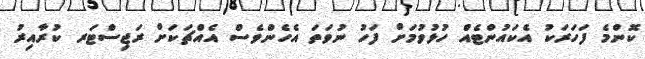
ކޮންމެ ފަހަރަކު އެކައުންޓެއް ހުޅުވުމަށް ފަހު ނުވަތަ އެހެންވެސް އެއްޗަކަށް ރަޖިސްޓަރ ކުރާއިރު